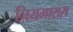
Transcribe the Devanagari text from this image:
नियमासरा